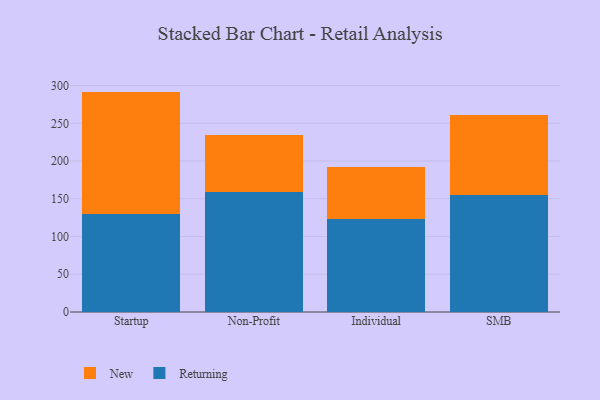
{"axis": {"x": "Segment", "y": "Net Income (USD K)"}, "legend": ["New", "Returning"], "data": [{"x": "Startup", "y": 129.8, "type": "Returning"}, {"x": "Startup", "y": 162.2, "type": "New"}, {"x": "Non-Profit", "y": 158.9, "type": "Returning"}, {"x": "Non-Profit", "y": 75.3, "type": "New"}, {"x": "Individual", "y": 122.6, "type": "Returning"}, {"x": "Individual", "y": 70.1, "type": "New"}, {"x": "SMB", "y": 155.0, "type": "Returning"}, {"x": "SMB", "y": 106.6, "type": "New"}]}